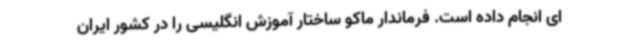
ای انجام داده است. فرماندار ماکو ساختار آموزش انگلیسی را در کشور ایران